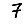
Digit: 7